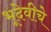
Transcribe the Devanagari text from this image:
भूदेवीचे